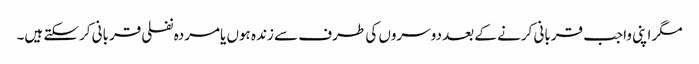
مگر اپنی واجب قربانی کرنے کے بعد دوسروں کی طرف سے زندہ ہوں یامردہ نفلی قربانی کرسکتے ہیں۔